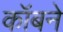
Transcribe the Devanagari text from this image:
कॉबने